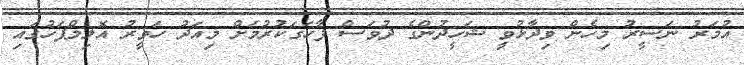
އުމަރު ނަސީރު މިހެން ވިދާޅުވީ ޝަހީދުންގެ ދުވަސް ފާހަގަކުރުމަށް މިއަދު ހަވީރު އޮލިމްޕަހުގައި